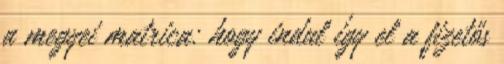
a megyei matrica: hogy indul így el a fizetős